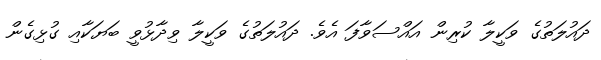
ދައުލަތުގެ ވަކީލާ ކުރިން އައްސަވާފަ އެވެ. ދައުލަތުގެ ވަކީލާ ވިދާޅުވީ ބަޔަކާއި ގުޅިގެން